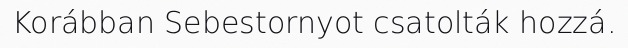
Korábban Sebestornyot csatolták hozzá.